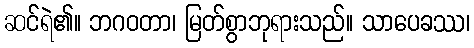
ဆင်ရဲ၏။ ဘဂဝတာ၊ မြတ်စွာဘုရားသည်။ သာပေခဿ၊